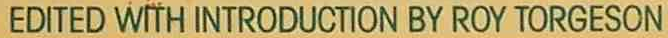
EDITED WITH INTRODUCTION BY ROY TORGESON